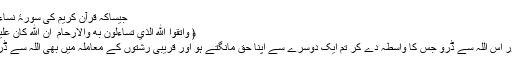
جیساکہ قرآن کریم کی سورۂ نساء میں ہے:
﴿ وَاتَّقُوا اللّٰهَ الَّذِيْ تَسَاۗءَلُوْنَ بِهٖ وَالْاَرْحَامَ ۭ اِنَّ اللّٰهَ كَانَ عَلَيْكُمْ رَقِيْبًا ﴾
ترجمہ: اور اس اللہ سے ڈرو جس کا واسطہ دے کر تم ایک دوسرے سے اپنا حق مانگتے ہو اور قریبی رشتوں کے معاملہ میں بھی اللہ سے ڈرتے رہو ۔